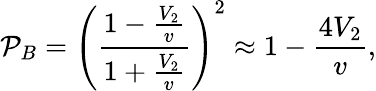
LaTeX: \mathcal{P}_{B}=\Bigg(\frac{1-\frac{V_{2}}{v}}{1+\frac{V_{2}}{v}}\Bigg)^{2}\approx 1-\frac{4V_{2}}{v},